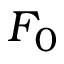
F _ { 0 }